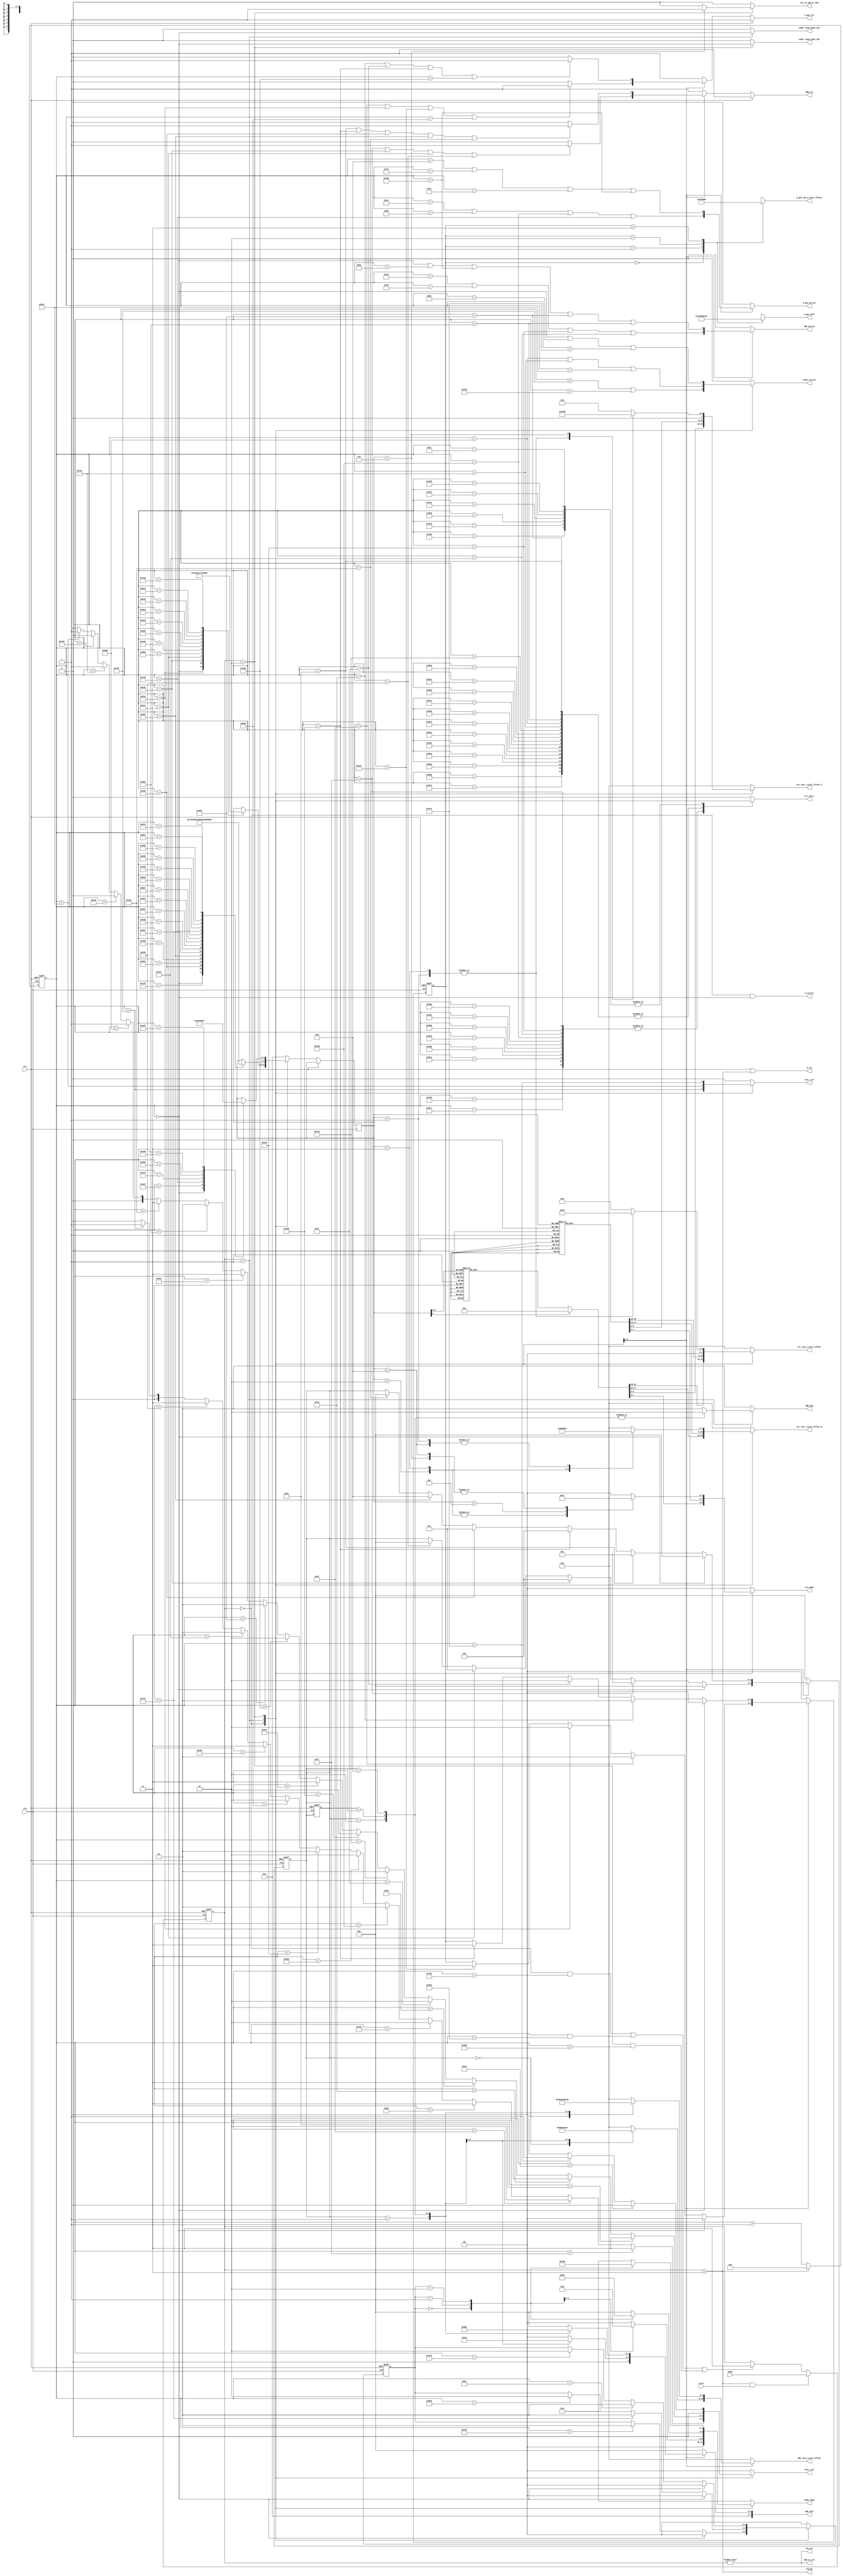
module controller (
    input clk,
    input rst,
    input start,
    input [1:0] mode, // 0:KeyGen, 1:Enc, 2:Dec
    output finish,
    
    output reg ntt_start,
    output reg [1:0] ntt_mode,
    output reg ntt_is_add_or_sub,
    output reg [7:0] ntt_ram_r_start_offset_A,
    output reg [7:0] ntt_ram_r_start_offset_B,
    output reg [7:0] ntt_ram_w_start_offset,

    output G_active,
    output G_rst,

    output reg CBD_rst, 
    output reg CBD_active,
    output reg [1:0] CBD_num, //1 => n1; 2 => n2
    output reg [7:0] CBD_ram_w_start_offset,
    output reg [7:0] CBD_diff,
    
    output reg A_gen_rst, 
    output reg A_gen_active,
    output reg [7:0] A_gen_ram_w_start_offset,
    output reg [15:0] A_gen_diff,
    
    output reg coder_active,
    output reg coder_load_input_Enc,
    output reg coder_load_input_Dec,
    output reg [3:0] coder_mode, 

    output CBD_in_sel, // 0:from G, 1:from random coin
    output rho_sel, // 0:from G, 1:from pk
    output reg ram_r_sel, // 0:from coder, 1:from ntt
    output reg [1:0] ram_w_sel // 0:from coder, 1:from ntt, 2:from A_gen, 3:from CBD
);

reg [1:0] state_reg;
reg [11:0] cycle_cnt, ncnt;
reg [1:0] A_gen_state;
reg [2:0] CBD_state;
reg [4:0] ntt_state;
reg [1:0] coder_state;

// mode define
parameter KeyGen = 2'd0;
parameter Enc = 2'd1;
parameter Dec = 2'd2;
parameter FINISH = 2'd3;

// A_gen_state define
parameter A_gen_st_A00 = 2'd0;
parameter A_gen_st_A01 = 2'd1;
parameter A_gen_st_A10 = 2'd2;
parameter A_gen_st_A11 = 2'd3;

// CBD_state define
parameter CBD_st_s0 = 3'd0; // KeyGen
parameter CBD_st_s1 = 3'd1; // KeyGen
parameter CBD_st_e0 = 3'd2; // KeyGen
parameter CBD_st_e1 = 3'd3; // KeyGen
parameter CBD_st_r0 = 3'd0; // Enc
parameter CBD_st_r1 = 3'd1; // Enc
parameter CBD_st_e10 = 3'd2; // Enc
parameter CBD_st_e11 = 3'd3; // Enc
parameter CBD_st_e2 = 3'd4; // Enc

// coder_state define
parameter coder_st_encode_pk = 2'd0; // KeyGen
parameter coder_st_encode_sk = 2'd1; // KeyGen
parameter coder_st_decode_pk = 2'd0; // Enc
parameter coder_st_decode_m = 2'd1; // Enc
parameter coder_st_encode_c = 2'd2; // Enc
parameter coder_st_decode_c = 2'd0; // Dec
parameter coder_st_decode_sk = 2'd1; // Dec
parameter coder_st_encode_m = 2'd2; // Dec

// ntt_state define
parameter NTT_st_NTT_s0        = 5'd0; // KeyGen
parameter NTT_st_NTT_s1        = 5'd1; // KeyGen
parameter NTT_st_MUL_A00_s0    = 5'd2; // KeyGen
parameter NTT_st_MUL_A01_s1    = 5'd3; // KeyGen
parameter NTT_st_NTT_e0        = 5'd4; // KeyGen
parameter NTT_st_ADD_t0        = 5'd5; // KeyGen
parameter NTT_st_ADD_e0        = 5'd6; // KeyGen
parameter NTT_st_MUL_A10_s0    = 5'd7; // KeyGen
parameter NTT_st_MUL_A11_s1    = 5'd8; // KeyGen
parameter NTT_st_NTT_e1        = 5'd9; // KeyGen
parameter NTT_st_ADD_t1        = 5'd10; // KeyGen
parameter NTT_st_ADD_e1        = 5'd11; // KeyGen

parameter NTT_st_NTT_r0        = 5'd0; // Enc
parameter NTT_st_NTT_r1        = 5'd1; // Enc
parameter NTT_st_MUL_A00_r0    = 5'd2; // Enc
parameter NTT_st_MUL_A10_r1    = 5'd3; // Enc
parameter NTT_st_ADD_u0        = 5'd4; // Enc
parameter NTT_st_INVNTT_u0     = 5'd5; // Enc
parameter NTT_st_ADD_e10       = 5'd6; // Enc
parameter NTT_st_MUL_A01_r0    = 5'd7; // Enc
parameter NTT_st_MUL_A11_r1    = 5'd8; // Enc
parameter NTT_st_ADD_u1        = 5'd9; // Enc
parameter NTT_st_INVNTT_u1     = 5'd10; // Enc
parameter NTT_st_ADD_e11       = 5'd11; // Enc
parameter NTT_st_MUL_t0_r0     = 5'd12; // Enc
parameter NTT_st_MUL_t1_r1     = 5'd13; // Enc
parameter NTT_st_ADD_v         = 5'd14; // Enc
parameter NTT_st_INVNTT_v      = 5'd15; // Enc
parameter NTT_st_ADD_e2        = 5'd16; // Enc
parameter NTT_st_ADD_m         = 5'd17; // Enc

parameter NTT_st_NTT_u0        = 5'd0; // Dec
parameter NTT_st_NTT_u1        = 5'd1; // Dec
parameter NTT_st_MUL_s0_u0     = 5'd2; // Dec
parameter NTT_st_MUL_s1_u1     = 5'd3; // Dec
parameter NTT_st_ADD_su        = 5'd4; // Dec
parameter NTT_st_INVNTT_su     = 5'd5; // Dec
parameter NTT_st_SUB_v_su      = 5'd6; // Dec

// ram offset define
parameter ram_0_offset = 8'd0;
parameter ram_1_offset = 8'd32;
parameter ram_2_offset = 8'd64;
parameter ram_3_offset = 8'd96;
parameter ram_4_offset = 8'd128;
parameter ram_5_offset = 8'd160;
parameter ram_6_offset = 8'd192;
parameter ram_7_offset = 8'd224;

// coder mode define
parameter coder_mode_KeyGen_encode_sk = 4'd1;
parameter coder_mode_KeyGen_encode_pk = 4'd2;
parameter coder_mode_Enc_decode_pk = 4'd3;
parameter coder_mode_Enc_decode_m = 4'd4;
parameter coder_mode_Enc_encode_c = 4'd5;
parameter coder_mode_Dec_decode_sk = 4'd6;
parameter coder_mode_Dec_decode_c = 4'd7;
parameter coder_mode_Dec_encode_m = 4'd8;

// ram_w_sel define
parameter ram_w_from_coder = 2'd0;
parameter ram_w_from_ntt = 2'd1;
parameter ram_w_from_A_gen = 2'd2;
parameter ram_w_from_CBD = 2'd3;

// cycle_cnt logic
always @(posedge clk or posedge rst) begin
    if(rst) begin
        state_reg <= FINISH;
        cycle_cnt <= 12'd0;
    end
    else begin
        cycle_cnt <= ncnt;
        if (state_reg == FINISH && start) state_reg <= mode;
        else if ( (state_reg == KeyGen && cycle_cnt == 12'd2001) || 
                  (state_reg == Enc && cycle_cnt == 12'd2654)    || 
                  (state_reg == Dec && cycle_cnt == 12'd1174)    ) state_reg <= FINISH;
    end
end
always @(*) begin
    ncnt = state_reg == FINISH ? 12'd0 : cycle_cnt + 12'd1;
end

// ntt logic
always @(*) begin
    case(cycle_cnt)
    12'd119, 12'd349, 12'd579, 12'd719,
    12'd859, 12'd1089, 12'd1157, 12'd1225,
    12'd1365, 12'd1505, 12'd1735, 12'd1803 : ntt_start = state_reg == KeyGen;
    12'd90, 12'd320, 12'd550, 12'd690,
    12'd830, 12'd898, 12'd1128, 12'd1196,
    12'd1336, 12'd1476, 12'd1544, 12'd1774,
    12'd1842, 12'd1982, 12'd2122, 12'd2190,
    12'd2420, 12'd2488 : ntt_start = state_reg == Enc;
    12'd34, 12'd264, 12'd494, 12'd634,
    12'd774, 12'd842, 12'd1072 : ntt_start = state_reg == Dec;
    default : ntt_start = 1'b0;
    endcase
end
always @(posedge clk or posedge rst) begin
    if(rst) CBD_state <= 5'd0;
    else begin
        case(state_reg)
        KeyGen: begin
        case(cycle_cnt)
        12'd0: ntt_state <= NTT_st_NTT_s0;
        12'd348: ntt_state <= NTT_st_NTT_s1;
        12'd578: ntt_state <= NTT_st_MUL_A00_s0;
        12'd718: ntt_state <= NTT_st_MUL_A01_s1;
        12'd858: ntt_state <= NTT_st_NTT_e0;
        12'd1088: ntt_state <= NTT_st_ADD_t0;
        12'd1156: ntt_state <= NTT_st_ADD_e0;
        12'd1224: ntt_state <= NTT_st_MUL_A10_s0;
        12'd1364: ntt_state <= NTT_st_MUL_A11_s1;
        12'd1504: ntt_state <= NTT_st_NTT_e1;
        12'd1734: ntt_state <= NTT_st_ADD_t1;
        12'd1802: ntt_state <= NTT_st_ADD_e1;
        endcase
        end
        Enc: begin
        case(cycle_cnt)
        12'd0: ntt_state <= NTT_st_NTT_r0;
        12'd319: ntt_state <= NTT_st_NTT_r1;
        12'd549: ntt_state <= NTT_st_MUL_A00_r0;
        12'd689: ntt_state <= NTT_st_MUL_A10_r1;
        12'd829: ntt_state <= NTT_st_ADD_u0;
        12'd897: ntt_state <= NTT_st_INVNTT_u0;
        12'd1127: ntt_state <= NTT_st_ADD_e10;
        12'd1195: ntt_state <= NTT_st_MUL_A01_r0;
        12'd1335: ntt_state <= NTT_st_MUL_A11_r1;
        12'd1475: ntt_state <= NTT_st_ADD_u1;
        12'd1543: ntt_state <= NTT_st_INVNTT_u1;
        12'd1773: ntt_state <= NTT_st_ADD_e11;
        12'd1841: ntt_state <= NTT_st_MUL_t0_r0;
        12'd1981: ntt_state <= NTT_st_MUL_t1_r1;
        12'd2121: ntt_state <= NTT_st_ADD_v;
        12'd2189: ntt_state <= NTT_st_INVNTT_v;
        12'd2419: ntt_state <= NTT_st_ADD_e2;
        12'd2487: ntt_state <= NTT_st_ADD_m;
        endcase
        end
        Dec: begin
        case(cycle_cnt)
        12'd0: ntt_state <= NTT_st_NTT_u0;
        12'd263: ntt_state <= NTT_st_NTT_u1;
        12'd493: ntt_state <= NTT_st_MUL_s0_u0;
        12'd633: ntt_state <= NTT_st_MUL_s1_u1;
        12'd773: ntt_state <= NTT_st_ADD_su;
        12'd841: ntt_state <= NTT_st_INVNTT_su;
        12'd1071: ntt_state <= NTT_st_SUB_v_su;
        endcase
        end
        default: ntt_state <= 5'd0;
        endcase
    end
end
always @(*) begin
    case(state_reg)
    KeyGen: begin
        ntt_is_add_or_sub = 1'b0;
        case(ntt_state)
        NTT_st_NTT_s0: begin
            ntt_mode = 2'd0;
            ntt_ram_r_start_offset_A = ram_4_offset;
            ntt_ram_r_start_offset_B = ram_4_offset;
            ntt_ram_w_start_offset = ram_4_offset;
        end
        NTT_st_NTT_s1: begin
            ntt_mode = 2'd0;
            ntt_ram_r_start_offset_A = ram_5_offset;
            ntt_ram_r_start_offset_B = ram_5_offset;
            ntt_ram_w_start_offset = ram_5_offset;
        end
        NTT_st_MUL_A00_s0: begin
            ntt_mode = 2'd2;
            ntt_ram_r_start_offset_A = ram_0_offset;
            ntt_ram_r_start_offset_B = ram_4_offset;
            ntt_ram_w_start_offset = ram_0_offset;
        end
        NTT_st_MUL_A01_s1: begin
            ntt_mode = 2'd2;
            ntt_ram_r_start_offset_A = ram_1_offset;
            ntt_ram_r_start_offset_B = ram_5_offset;
            ntt_ram_w_start_offset = ram_1_offset;
        end
        NTT_st_NTT_e0: begin
            ntt_mode = 2'd0;
            ntt_ram_r_start_offset_A = ram_6_offset;
            ntt_ram_r_start_offset_B = ram_6_offset;
            ntt_ram_w_start_offset = ram_6_offset;
        end
        NTT_st_ADD_t0: begin
            ntt_mode = 2'd3;
            ntt_ram_r_start_offset_A = ram_0_offset;
            ntt_ram_r_start_offset_B = ram_1_offset;
            ntt_ram_w_start_offset = ram_0_offset;
        end
        NTT_st_ADD_e0: begin
            ntt_mode = 2'd3;
            ntt_ram_r_start_offset_A = ram_0_offset;
            ntt_ram_r_start_offset_B = ram_6_offset;
            ntt_ram_w_start_offset = ram_6_offset;
        end
        NTT_st_MUL_A10_s0: begin
            ntt_mode = 2'd2;
            ntt_ram_r_start_offset_A = ram_2_offset;
            ntt_ram_r_start_offset_B = ram_4_offset;
            ntt_ram_w_start_offset = ram_2_offset;
        end
        NTT_st_MUL_A11_s1: begin
            ntt_mode = 2'd2;
            ntt_ram_r_start_offset_A = ram_3_offset;
            ntt_ram_r_start_offset_B = ram_5_offset;
            ntt_ram_w_start_offset = ram_3_offset;
        end
        NTT_st_NTT_e1: begin
            ntt_mode = 2'd0;
            ntt_ram_r_start_offset_A = ram_7_offset;
            ntt_ram_r_start_offset_B = ram_7_offset;
            ntt_ram_w_start_offset = ram_7_offset;
        end
        NTT_st_ADD_t1: begin
            ntt_mode = 2'd3;
            ntt_ram_r_start_offset_A = ram_2_offset;
            ntt_ram_r_start_offset_B = ram_3_offset;
            ntt_ram_w_start_offset = ram_2_offset;
        end
        NTT_st_ADD_e1: begin
            ntt_mode = 2'd3;
            ntt_ram_r_start_offset_A = ram_2_offset;
            ntt_ram_r_start_offset_B = ram_7_offset;
            ntt_ram_w_start_offset = ram_7_offset;
        end
        default: begin
            ntt_mode = 2'd0;
            ntt_ram_r_start_offset_A = ram_0_offset;
            ntt_ram_r_start_offset_B = ram_0_offset;
            ntt_ram_w_start_offset = ram_0_offset;
        end
        endcase
    end
    Enc: begin
        ntt_is_add_or_sub = 1'b0;
        case(ntt_state)
        NTT_st_NTT_r0: begin
            ntt_mode = 2'd0;
            ntt_ram_r_start_offset_A = ram_4_offset;
            ntt_ram_r_start_offset_B = ram_4_offset;
            ntt_ram_w_start_offset = ram_4_offset;
        end
        NTT_st_NTT_r1: begin
            ntt_mode = 2'd0;
            ntt_ram_r_start_offset_A = ram_5_offset;
            ntt_ram_r_start_offset_B = ram_5_offset;
            ntt_ram_w_start_offset = ram_5_offset;
        end
        NTT_st_MUL_A00_r0: begin
            ntt_mode = 2'd2;
            ntt_ram_r_start_offset_A = ram_0_offset;
            ntt_ram_r_start_offset_B = ram_4_offset;
            ntt_ram_w_start_offset = ram_0_offset;
        end
        NTT_st_MUL_A10_r1: begin
            ntt_mode = 2'd2;
            ntt_ram_r_start_offset_A = ram_2_offset;
            ntt_ram_r_start_offset_B = ram_5_offset;
            ntt_ram_w_start_offset = ram_2_offset;
        end
        NTT_st_ADD_u0: begin
            ntt_mode = 2'd3;
            ntt_ram_r_start_offset_A = ram_0_offset;
            ntt_ram_r_start_offset_B = ram_2_offset;
            ntt_ram_w_start_offset = ram_0_offset;
        end
        NTT_st_INVNTT_u0: begin
            ntt_mode = 2'd1;
            ntt_ram_r_start_offset_A = ram_0_offset;
            ntt_ram_r_start_offset_B = ram_0_offset;
            ntt_ram_w_start_offset = ram_0_offset;
        end
        NTT_st_ADD_e10: begin
            ntt_mode = 2'd3;
            ntt_ram_r_start_offset_A = ram_0_offset;
            ntt_ram_r_start_offset_B = ram_6_offset;
            ntt_ram_w_start_offset = ram_6_offset;
        end
        NTT_st_MUL_A01_r0: begin
            ntt_mode = 2'd2;
            ntt_ram_r_start_offset_A = ram_1_offset;
            ntt_ram_r_start_offset_B = ram_4_offset;
            ntt_ram_w_start_offset = ram_1_offset;
        end
        NTT_st_MUL_A11_r1: begin
            ntt_mode = 2'd2;
            ntt_ram_r_start_offset_A = ram_3_offset;
            ntt_ram_r_start_offset_B = ram_5_offset;
            ntt_ram_w_start_offset = ram_3_offset;
        end
        NTT_st_ADD_u1: begin
            ntt_mode = 2'd3;
            ntt_ram_r_start_offset_A = ram_1_offset;
            ntt_ram_r_start_offset_B = ram_3_offset;
            ntt_ram_w_start_offset = ram_3_offset;
        end
        NTT_st_INVNTT_u1: begin
            ntt_mode = 2'd1;
            ntt_ram_r_start_offset_A = ram_3_offset;
            ntt_ram_r_start_offset_B = ram_3_offset;
            ntt_ram_w_start_offset = ram_3_offset;
        end
        NTT_st_ADD_e11: begin
            ntt_mode = 2'd3;
            ntt_ram_r_start_offset_A = ram_3_offset;
            ntt_ram_r_start_offset_B = ram_7_offset;
            ntt_ram_w_start_offset = ram_7_offset;
        end
        NTT_st_MUL_t0_r0: begin
            ntt_mode = 2'd2;
            ntt_ram_r_start_offset_A = ram_0_offset;
            ntt_ram_r_start_offset_B = ram_4_offset;
            ntt_ram_w_start_offset = ram_0_offset;
        end
        NTT_st_MUL_t1_r1: begin
            ntt_mode = 2'd2;
            ntt_ram_r_start_offset_A = ram_1_offset;
            ntt_ram_r_start_offset_B = ram_5_offset;
            ntt_ram_w_start_offset = ram_1_offset;
        end
        NTT_st_ADD_v: begin
            ntt_mode = 2'd3;
            ntt_ram_r_start_offset_A = ram_0_offset;
            ntt_ram_r_start_offset_B = ram_1_offset;
            ntt_ram_w_start_offset = ram_0_offset;
        end
        NTT_st_INVNTT_v: begin
            ntt_mode = 2'd1;
            ntt_ram_r_start_offset_A = ram_0_offset;
            ntt_ram_r_start_offset_B = ram_0_offset;
            ntt_ram_w_start_offset = ram_0_offset;
        end
        NTT_st_ADD_e2: begin
            ntt_mode = 2'd3;
            ntt_ram_r_start_offset_A = ram_0_offset;
            ntt_ram_r_start_offset_B = ram_2_offset;
            ntt_ram_w_start_offset = ram_0_offset;
        end
        NTT_st_ADD_m: begin
            ntt_mode = 2'd3;
            ntt_ram_r_start_offset_A = ram_0_offset;
            ntt_ram_r_start_offset_B = ram_3_offset;
            ntt_ram_w_start_offset = ram_0_offset;
        end
        default: begin
            ntt_mode = 2'd0;
            ntt_ram_r_start_offset_A = ram_0_offset;
            ntt_ram_r_start_offset_B = ram_0_offset;
            ntt_ram_w_start_offset = ram_0_offset;
        end
        endcase
    end
    Dec: begin
        ntt_is_add_or_sub = 1'b0;
        case(ntt_state)
        NTT_st_NTT_u0: begin
            ntt_mode = 2'd0;
            ntt_ram_r_start_offset_A = ram_0_offset;
            ntt_ram_r_start_offset_B = ram_0_offset;
            ntt_ram_w_start_offset = ram_0_offset;
        end
        NTT_st_NTT_u1: begin
            ntt_mode = 2'd0;
            ntt_ram_r_start_offset_A = ram_1_offset;
            ntt_ram_r_start_offset_B = ram_1_offset;
            ntt_ram_w_start_offset = ram_1_offset;
        end
        NTT_st_MUL_s0_u0: begin
            ntt_mode = 2'd2;
            ntt_ram_r_start_offset_A = ram_0_offset;
            ntt_ram_r_start_offset_B = ram_3_offset;
            ntt_ram_w_start_offset = ram_0_offset;
        end
        NTT_st_MUL_s1_u1: begin
            ntt_mode = 2'd2;
            ntt_ram_r_start_offset_A = ram_1_offset;
            ntt_ram_r_start_offset_B = ram_4_offset;
            ntt_ram_w_start_offset = ram_1_offset;
        end
        NTT_st_ADD_su: begin
            ntt_mode = 2'd3;
            ntt_ram_r_start_offset_A = ram_0_offset;
            ntt_ram_r_start_offset_B = ram_1_offset;
            ntt_ram_w_start_offset = ram_0_offset;
        end
        NTT_st_INVNTT_su: begin
            ntt_mode = 2'd1;
            ntt_ram_r_start_offset_A = ram_0_offset;
            ntt_ram_r_start_offset_B = ram_0_offset;
            ntt_ram_w_start_offset = ram_0_offset;
        end
        NTT_st_SUB_v_su: begin
            ntt_is_add_or_sub = 1'b1;
            ntt_mode = 2'd3;
            ntt_ram_r_start_offset_A = ram_2_offset;
            ntt_ram_r_start_offset_B = ram_0_offset;
            ntt_ram_w_start_offset = ram_0_offset;
        end
        default: begin
            ntt_mode = 2'd0;
            ntt_ram_r_start_offset_A = ram_0_offset;
            ntt_ram_r_start_offset_B = ram_0_offset;
            ntt_ram_w_start_offset = ram_0_offset;
        end
        endcase
    end
    default: begin
        ntt_is_add_or_sub = 1'b0;
        ntt_mode = 2'd0;
        ntt_ram_r_start_offset_A = ram_0_offset;
        ntt_ram_r_start_offset_B = ram_0_offset;
        ntt_ram_w_start_offset = ram_0_offset;
    end
    endcase
end

// G logic
assign G_active = state_reg == KeyGen && cycle_cnt == 12'd0;
assign G_rst = rst || state_reg == FINISH;

// CBD logic
always @(*) begin
    if(rst) CBD_rst = 1'b1;
    else begin
        case(state_reg)
        KeyGen: begin
            if(cycle_cnt == 12'd119 || cycle_cnt == 12'd578 || cycle_cnt == 12'd718 || cycle_cnt == 12'd809) CBD_rst = 1'b1;
            else CBD_rst = 1'b0;
        end
        Enc: begin
            if(cycle_cnt == 12'd90 || cycle_cnt == 12'd360 || cycle_cnt == 12'd549 || cycle_cnt == 12'd897 || cycle_cnt == 12'd960) CBD_rst = 1'b1;
            else CBD_rst = 1'b0;
        end
        default: CBD_rst = 1'b1;
        endcase
    end
end
always @(*) begin
    case(state_reg)
    KeyGen: begin
        CBD_active = cycle_cnt == 12'd29 || cycle_cnt == 12'd120 || cycle_cnt == 12'd579 || cycle_cnt == 12'd719;
    end
    Enc: begin
        CBD_active = cycle_cnt == 12'd0 || cycle_cnt == 12'd91 || cycle_cnt == 12'd361 || cycle_cnt == 12'd550 || cycle_cnt == 12'd898;
    end
    default: CBD_active = 1'b0;
    endcase
end
always @(posedge clk or posedge rst) begin
    if(rst) CBD_state <= 3'd0;
    else begin
        case(state_reg)
        KeyGen: begin
            if(cycle_cnt == 12'd0) CBD_state <= CBD_st_s0;
            else if(cycle_cnt == 12'd119) CBD_state <= CBD_st_s1;
            else if(cycle_cnt == 12'd578) CBD_state <= CBD_st_e0;
            else if(cycle_cnt == 12'd718) CBD_state <= CBD_st_e1;
            else if(cycle_cnt == 12'd809) CBD_state <= 3'd0;
        end
        Enc: begin
            if(cycle_cnt == 12'd0) CBD_state <= CBD_st_r0;
            else if(cycle_cnt == 12'd90) CBD_state <= CBD_st_r1;
            else if(cycle_cnt == 12'd360) CBD_state <= CBD_st_e10;
            else if(cycle_cnt == 12'd549) CBD_state <= CBD_st_e11;
            else if(cycle_cnt == 12'd897) CBD_state <= CBD_st_e2;
            else if(cycle_cnt == 12'd960) CBD_state <= CBD_st_r0;
        end
        default: CBD_state <= 3'd0;
        endcase
    end
end
always @(*) begin
    case(state_reg)
    KeyGen: begin
        CBD_num = 2'd1;
        case(CBD_state)       
        CBD_st_s0 : begin
            CBD_ram_w_start_offset = ram_4_offset;
            CBD_diff = 8'd0;
        end
        CBD_st_s1 : begin
            CBD_ram_w_start_offset = ram_5_offset;
            CBD_diff = 8'd1;            
        end
        CBD_st_e0 : begin
            CBD_ram_w_start_offset = ram_6_offset;
            CBD_diff = 8'd2;
        end
        CBD_st_e1 : begin
            CBD_ram_w_start_offset = ram_7_offset;
            CBD_diff = 8'd3;
        end
        default: begin
            CBD_ram_w_start_offset = 8'd0;
            CBD_diff = 8'd0;
        end
        endcase
    end
    Enc: begin
        case(CBD_state)     
        CBD_st_r0: begin
            CBD_num = 2'd1;
            CBD_ram_w_start_offset = ram_4_offset;
            CBD_diff = 8'd0;
        end
        CBD_st_r1: begin
            CBD_num = 2'd1;
            CBD_ram_w_start_offset = ram_5_offset;
            CBD_diff = 8'd1;
        end
        CBD_st_e10: begin
            CBD_num = 2'd2;
            CBD_ram_w_start_offset = ram_6_offset;
            CBD_diff = 8'd2;
        end
        CBD_st_e11: begin
            CBD_num = 2'd2;
            CBD_ram_w_start_offset = ram_7_offset;
            CBD_diff = 8'd3;
        end
        CBD_st_e2: begin
            CBD_num = 2'd2;
            CBD_ram_w_start_offset = ram_2_offset;
            CBD_diff = 8'd4;
        end
        default: begin
            CBD_num = 2'd1;
            CBD_ram_w_start_offset = 8'd0;
            CBD_diff = 8'd0;
        end
        endcase
    end
    default: begin
        CBD_num = 2'd1;
        CBD_ram_w_start_offset = 8'd0;
        CBD_diff = 8'd0;
    end
    endcase
end

// A_gen logic
always @(*) begin
    if(rst) A_gen_rst = 1'b1;
    else begin
        case(state_reg)
        KeyGen: begin
            if(cycle_cnt == 12'd151 || cycle_cnt == 12'd348 || cycle_cnt == 12'd492 || cycle_cnt == 12'd611) A_gen_rst = 1'b1;
            else A_gen_rst = 1'b0;
        end
        Enc: begin
            if(cycle_cnt == 12'd122 || cycle_cnt == 12'd241 || cycle_cnt == 12'd360 || cycle_cnt == 12'd479) A_gen_rst = 1'b1;
            else A_gen_rst = 1'b0;
        end
        default: A_gen_rst = 1'b1;
        endcase
    end
end
always @(*) begin
    case(state_reg)
    KeyGen: begin
        A_gen_active = cycle_cnt == 12'd33 || cycle_cnt == 12'd152 || cycle_cnt == 12'd349 || cycle_cnt == 12'd493;
    end
    Enc: begin
        A_gen_active = cycle_cnt == 12'd4 || cycle_cnt == 12'd123 || cycle_cnt == 12'd242 || cycle_cnt == 12'd361;
    end
    default: A_gen_active = 1'b0;
    endcase
end
always @(posedge clk or posedge rst) begin
    if(rst) A_gen_state <= A_gen_st_A00;
    else begin
        case(state_reg)
        KeyGen: begin
            if(cycle_cnt == 12'd0) A_gen_state <= A_gen_st_A00;
            else if(cycle_cnt == 12'd151) A_gen_state <= A_gen_st_A01;
            else if(cycle_cnt == 12'd348) A_gen_state <= A_gen_st_A10;
            else if(cycle_cnt == 12'd492) A_gen_state <= A_gen_st_A11;
        end
        Enc: begin
            if(cycle_cnt == 12'd0) A_gen_state <= A_gen_st_A00;
            else if(cycle_cnt == 12'd122) A_gen_state <= A_gen_st_A01;
            else if(cycle_cnt == 12'd241) A_gen_state <= A_gen_st_A10;
            else if(cycle_cnt == 12'd360) A_gen_state <= A_gen_st_A11;
        end
        default: A_gen_state <= A_gen_st_A00;
        endcase
    end
end
always @(*) begin
    case(A_gen_state)
    A_gen_st_A00: begin
        A_gen_ram_w_start_offset = ram_0_offset;
        A_gen_diff = { 8'd0, 8'd0 };
    end
    A_gen_st_A01: begin
        A_gen_ram_w_start_offset = ram_1_offset;
        A_gen_diff = { 8'd0, 8'd1 };
    end
    A_gen_st_A10: begin
        A_gen_ram_w_start_offset = ram_2_offset;
        A_gen_diff = { 8'd1, 8'd0 };
    end
    A_gen_st_A11: begin
        A_gen_ram_w_start_offset = ram_3_offset;
        A_gen_diff = { 8'd1, 8'd1 };
    end
    endcase
end

// coder logic
always @(*) begin
    coder_load_input_Dec = 1'b0;
    coder_load_input_Enc = 1'b0;
    case(state_reg)
    KeyGen: begin
        coder_active = cycle_cnt == 12'd1871 || cycle_cnt == 12'd1936;
    end
    Enc: begin
        coder_load_input_Enc = cycle_cnt == 12'd0;
        coder_active = cycle_cnt == 12'd1544 || cycle_cnt == 12'd1842 || cycle_cnt == 12'd2556;
    end
    Dec: begin
        coder_load_input_Dec = cycle_cnt == 12'd0;
        coder_active = cycle_cnt == 12'd0 || cycle_cnt == 12'd98 || cycle_cnt == 12'd1140;
    end
    default: coder_active = 1'b0;
    endcase
end
always @(posedge clk or posedge rst) begin
    if(rst) coder_state <= 2'd0;
    else begin
        case(state_reg)
        KeyGen: begin
            if(cycle_cnt == 12'd0) coder_state <= coder_st_encode_pk;
            else if(cycle_cnt == 12'd1935) coder_state <= coder_st_encode_sk;
        end
        Enc: begin
            if(cycle_cnt == 12'd0) coder_state <= coder_st_decode_pk;
            else if(cycle_cnt == 12'd1841) coder_state <= coder_st_decode_m;
            else if(cycle_cnt == 12'd2555) coder_state <= coder_st_encode_c;
        end
        Dec: begin
            if(cycle_cnt == 12'd0) coder_state <= coder_st_decode_c;
            else if(cycle_cnt == 12'd97) coder_state <= coder_st_decode_sk;
            else if(cycle_cnt == 12'd1139) coder_state <= coder_st_encode_m;
        end
        default: coder_state <= 2'd0;
        endcase
    end
end
always @(*) begin
    case(state_reg)
    KeyGen: begin
        case(coder_state)
        coder_st_encode_pk: coder_mode = coder_mode_KeyGen_encode_pk;
        coder_st_encode_sk: coder_mode = coder_mode_KeyGen_encode_sk;
        default: coder_mode = 4'd0;
        endcase
    end
    Enc: begin
        case(coder_state)
        coder_st_decode_pk: coder_mode = coder_mode_Enc_decode_pk;
        coder_st_decode_m: coder_mode = coder_mode_Enc_decode_m;
        coder_st_encode_c: coder_mode = coder_mode_Enc_encode_c;
        default: coder_mode = 4'd0;
        endcase
    end
    Dec: begin
        case(coder_state)
        coder_st_decode_c: coder_mode = coder_mode_Dec_decode_c;
        coder_st_decode_sk: coder_mode = coder_mode_Dec_decode_sk;
        coder_st_encode_m: coder_mode = coder_mode_Dec_encode_m;
        default: coder_mode = 4'd0;
        endcase
    end
    default: coder_mode = 4'd0;
    endcase
end

// multiplexer sel logic
assign CBD_in_sel = state_reg != KeyGen;
assign rho_sel = state_reg != KeyGen;

always @(*) begin
    case(state_reg)
    KeyGen: ram_r_sel = cycle_cnt < 12'd1871;
    Enc: ram_r_sel = cycle_cnt < 12'd2556;
    Dec: ram_r_sel = cycle_cnt < 12'd1140;
    default: ram_r_sel = 1'b0;
    endcase
end

always @(*) begin
    case(state_reg)
    KeyGen: begin
        if(cycle_cnt < 12'd119) ram_w_sel = ram_w_from_CBD;
        else if(cycle_cnt < 12'd151) ram_w_sel = ram_w_from_A_gen;
        else if(cycle_cnt < 12'd210) ram_w_sel = ram_w_from_CBD;
        else if(cycle_cnt < 12'd270) ram_w_sel = ram_w_from_A_gen;
        else if(cycle_cnt < 12'd349) ram_w_sel = ram_w_from_ntt;
        else if(cycle_cnt < 12'd467) ram_w_sel = ram_w_from_A_gen;
        else if(cycle_cnt < 12'd579) ram_w_sel = ram_w_from_ntt;
        else if(cycle_cnt < 12'd611) ram_w_sel = ram_w_from_A_gen;
        else if(cycle_cnt < 12'd669) ram_w_sel = ram_w_from_CBD;
        else if(cycle_cnt < 12'd719) ram_w_sel = ram_w_from_ntt;
        else if(cycle_cnt < 12'd809) ram_w_sel = ram_w_from_CBD;
        else if(cycle_cnt < 12'd1871) ram_w_sel = ram_w_from_ntt;
        else ram_w_sel = ram_w_from_coder;
    end
    Enc: begin
        if(cycle_cnt < 12'd90) ram_w_sel = ram_w_from_CBD;
        else if(cycle_cnt < 12'd122) ram_w_sel = ram_w_from_A_gen;
        else if(cycle_cnt < 12'd181) ram_w_sel = ram_w_from_CBD;
        else if(cycle_cnt < 12'd241) ram_w_sel = ram_w_from_A_gen;
        else if(cycle_cnt < 12'd320) ram_w_sel = ram_w_from_ntt;
        else if(cycle_cnt < 12'd360) ram_w_sel = ram_w_from_A_gen;
        else if(cycle_cnt < 12'd423) ram_w_sel = ram_w_from_CBD;
        else if(cycle_cnt < 12'd479) ram_w_sel = ram_w_from_A_gen;
        else if(cycle_cnt < 12'd550) ram_w_sel = ram_w_from_ntt;
        else if(cycle_cnt < 12'd612) ram_w_sel = ram_w_from_CBD;
        else if(cycle_cnt < 12'd898) ram_w_sel = ram_w_from_ntt;
        else if(cycle_cnt < 12'd960) ram_w_sel = ram_w_from_CBD;
        else if(cycle_cnt < 12'd1544) ram_w_sel = ram_w_from_ntt;
        else if(cycle_cnt < 12'd1609) ram_w_sel = ram_w_from_coder;
        else if(cycle_cnt < 12'd1842) ram_w_sel = ram_w_from_ntt;
        else if(cycle_cnt < 12'd1876) ram_w_sel = ram_w_from_coder;
        else if(cycle_cnt < 12'd2556) ram_w_sel = ram_w_from_ntt;
        else ram_w_sel = ram_w_from_coder;
    end
    Dec: begin
        if(cycle_cnt < 12'd163) ram_w_sel = ram_w_from_coder;
        else if(cycle_cnt < 12'd1140) ram_w_sel = ram_w_from_ntt;
        else ram_w_sel = ram_w_from_coder;
    end
    default: ram_w_sel = 1'b0;
    endcase
end

assign finish = state_reg == FINISH;
   
endmodule